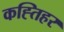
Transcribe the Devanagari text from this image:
कह्तिहर